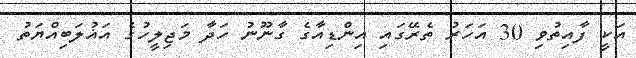
އަކީ ފާއިތުވި 30 އަހަރު ތެރޭގައި އިންޑިއާގެ ގާނޫނު ހަދާ މަޖިލީހުގެ އަޣުލަބިއްޔަތު